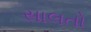
સાલતો